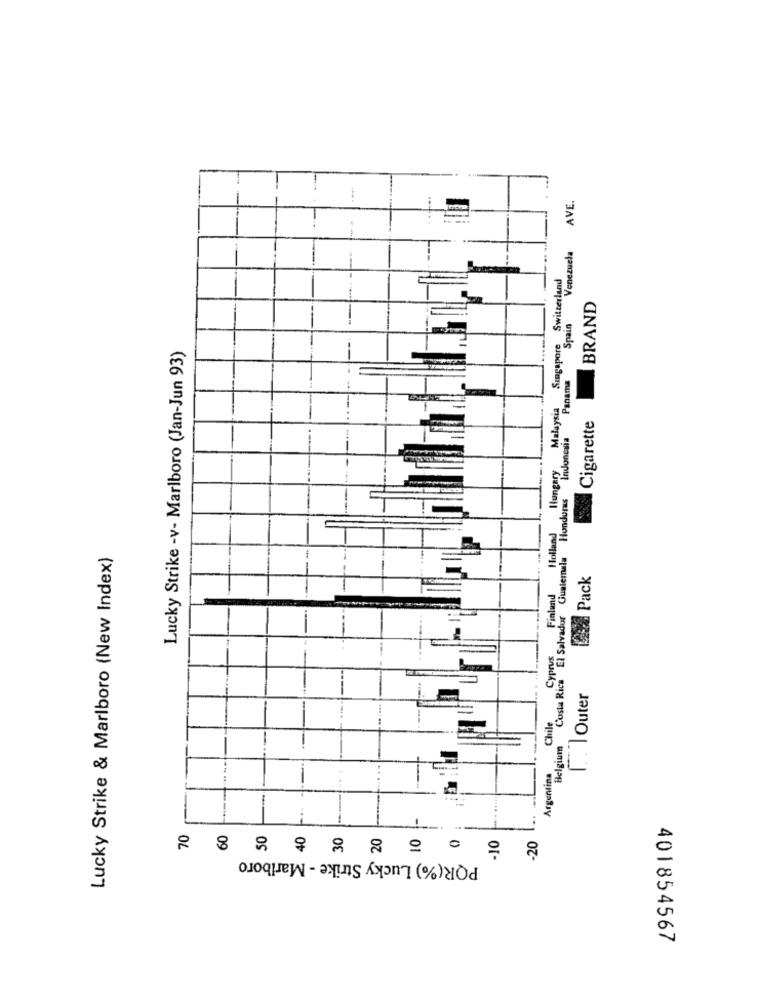
AVE.
Venezuela
Singapore Switzerland
BRAND
Spain
Lucky Strike -v- Marlboro (Jan-Jun 93)
--
Panama
Hungary Malaysia
Cigarette
Indonesia
Costa Rica El Salvador Guatemala Honduras
Holland
Lucky Strike & Marlboro (New Index)
Pack
Cyprus Finland
. . ] Outer
-
Belgium
Argentina
70
60
50
-10
-20
POR(%) Lucky Strike - Marlboro
401854567